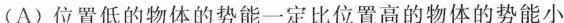
(A)位置低的物体的势能一定比位置高的物体的势能小